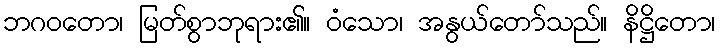
ဘဂဝတော၊ မြတ်စွာဘုရား၏။ ဝံသော၊ အနွယ်တော်သည်။ နိဋ္ဌိတော၊